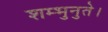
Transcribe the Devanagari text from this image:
शम्भुनुते।